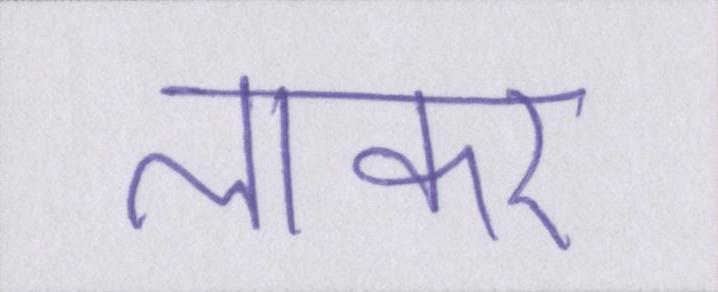
लाकर